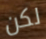
لكن